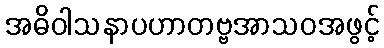
အဓိဝါသနာပဟာတဗ္ဗအာသဝအဖွင့်